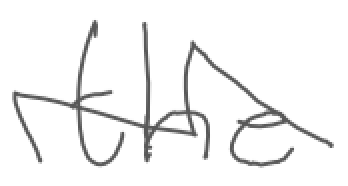
Text: the
Cross-out: zig-zag
Writing tool: digital_gray